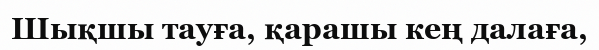
Шықшы тауға, қарашы кең далаға,